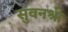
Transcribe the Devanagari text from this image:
सुवनश्री